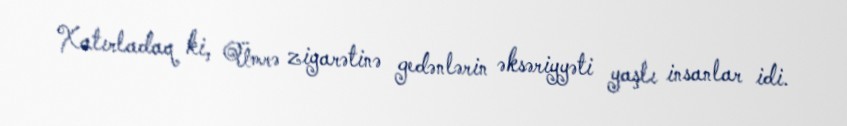
Xatırladaq ki, Ümrə ziyarətinə gedənlərin əksəriyyəti yaşlı insanlar idi.